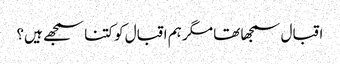
اقبال سمجھا تھا مگر ہم اقبال کو کتنا سمجھے ہیں؟